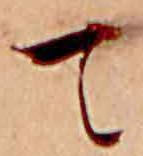
て